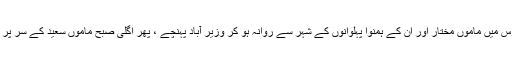
اس آمدنی کی برکت تھی کہ ایک دن ہینڈل سے اسٹارٹ ہونے والی پرانی موٹروں کے مختصر جلوس میں ماموں مختار اور ان کے ہمنوا پہلوانوں کے شہر سے روانہ ہو کر وزیر آباد پہنچے ، پھر اگلی صبح ماموں سعید کے سر پر سہرا سجا کر لاہور سے گوجرانوالہ ، جہاں ان کی کزن اور ہماری خالہ انور دلہن بنی بیٹھی تھیں ۔